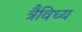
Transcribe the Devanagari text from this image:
त्रैविध्य